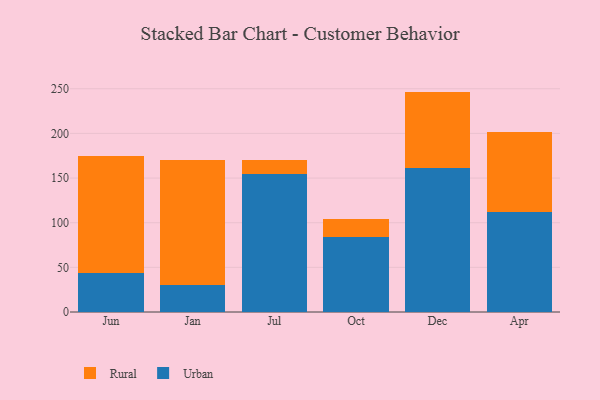
{"axis": {"x": "Month", "y": "Budget (USD K)"}, "legend": ["Rural", "Urban"], "data": [{"x": "Jun", "y": 44.2, "type": "Urban"}, {"x": "Jun", "y": 130.5, "type": "Rural"}, {"x": "Jan", "y": 30.0, "type": "Urban"}, {"x": "Jan", "y": 140.3, "type": "Rural"}, {"x": "Jul", "y": 154.6, "type": "Urban"}, {"x": "Jul", "y": 15.5, "type": "Rural"}, {"x": "Oct", "y": 83.5, "type": "Urban"}, {"x": "Oct", "y": 20.2, "type": "Rural"}, {"x": "Dec", "y": 160.9, "type": "Urban"}, {"x": "Dec", "y": 85.9, "type": "Rural"}, {"x": "Apr", "y": 112.3, "type": "Urban"}, {"x": "Apr", "y": 89.0, "type": "Rural"}]}